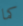
كما